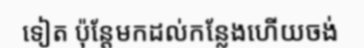
ទៀត ប៉ុន្តែមកដល់កន្លែងហើយចង់